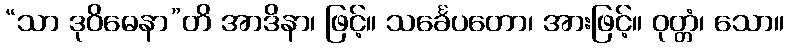
“သာ ဒုဝိဓေနာ”တိ အာဒိနာ၊ ဖြင့်။ သင်္ခေပတော၊ အားဖြင့်။ ဝုတ္တံ၊ သော။